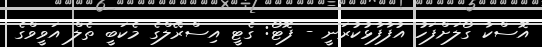
އޮސްކާ ގޯލަށްފަހު އުފާފާޅުކުރަނީ - ފޮޓޯ: ގެޓީ އިސްރޭލްގެ މެކަބީ ތެލް އަވީވްގެ